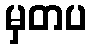
မှတပ